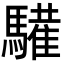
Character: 𩦘